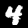
Label: 4